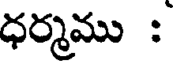
ధర్మము :